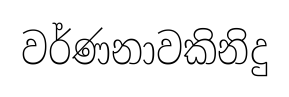
වර්ණනාවකිනිදු